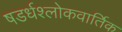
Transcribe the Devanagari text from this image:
षडर्धश्लोकवार्तिक